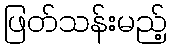
ဖြတ်သန်းမည့်